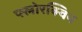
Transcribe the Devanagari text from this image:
फ्लोरक्विन